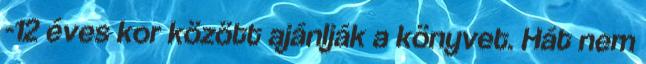
-12 éves kor között ajánlják a könyvet. Hát nem